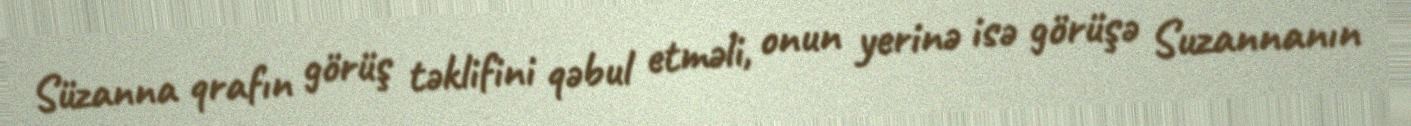
Süzanna qrafın görüş təklifini qəbul etməli, onun yerinə isə görüşə Suzannanın